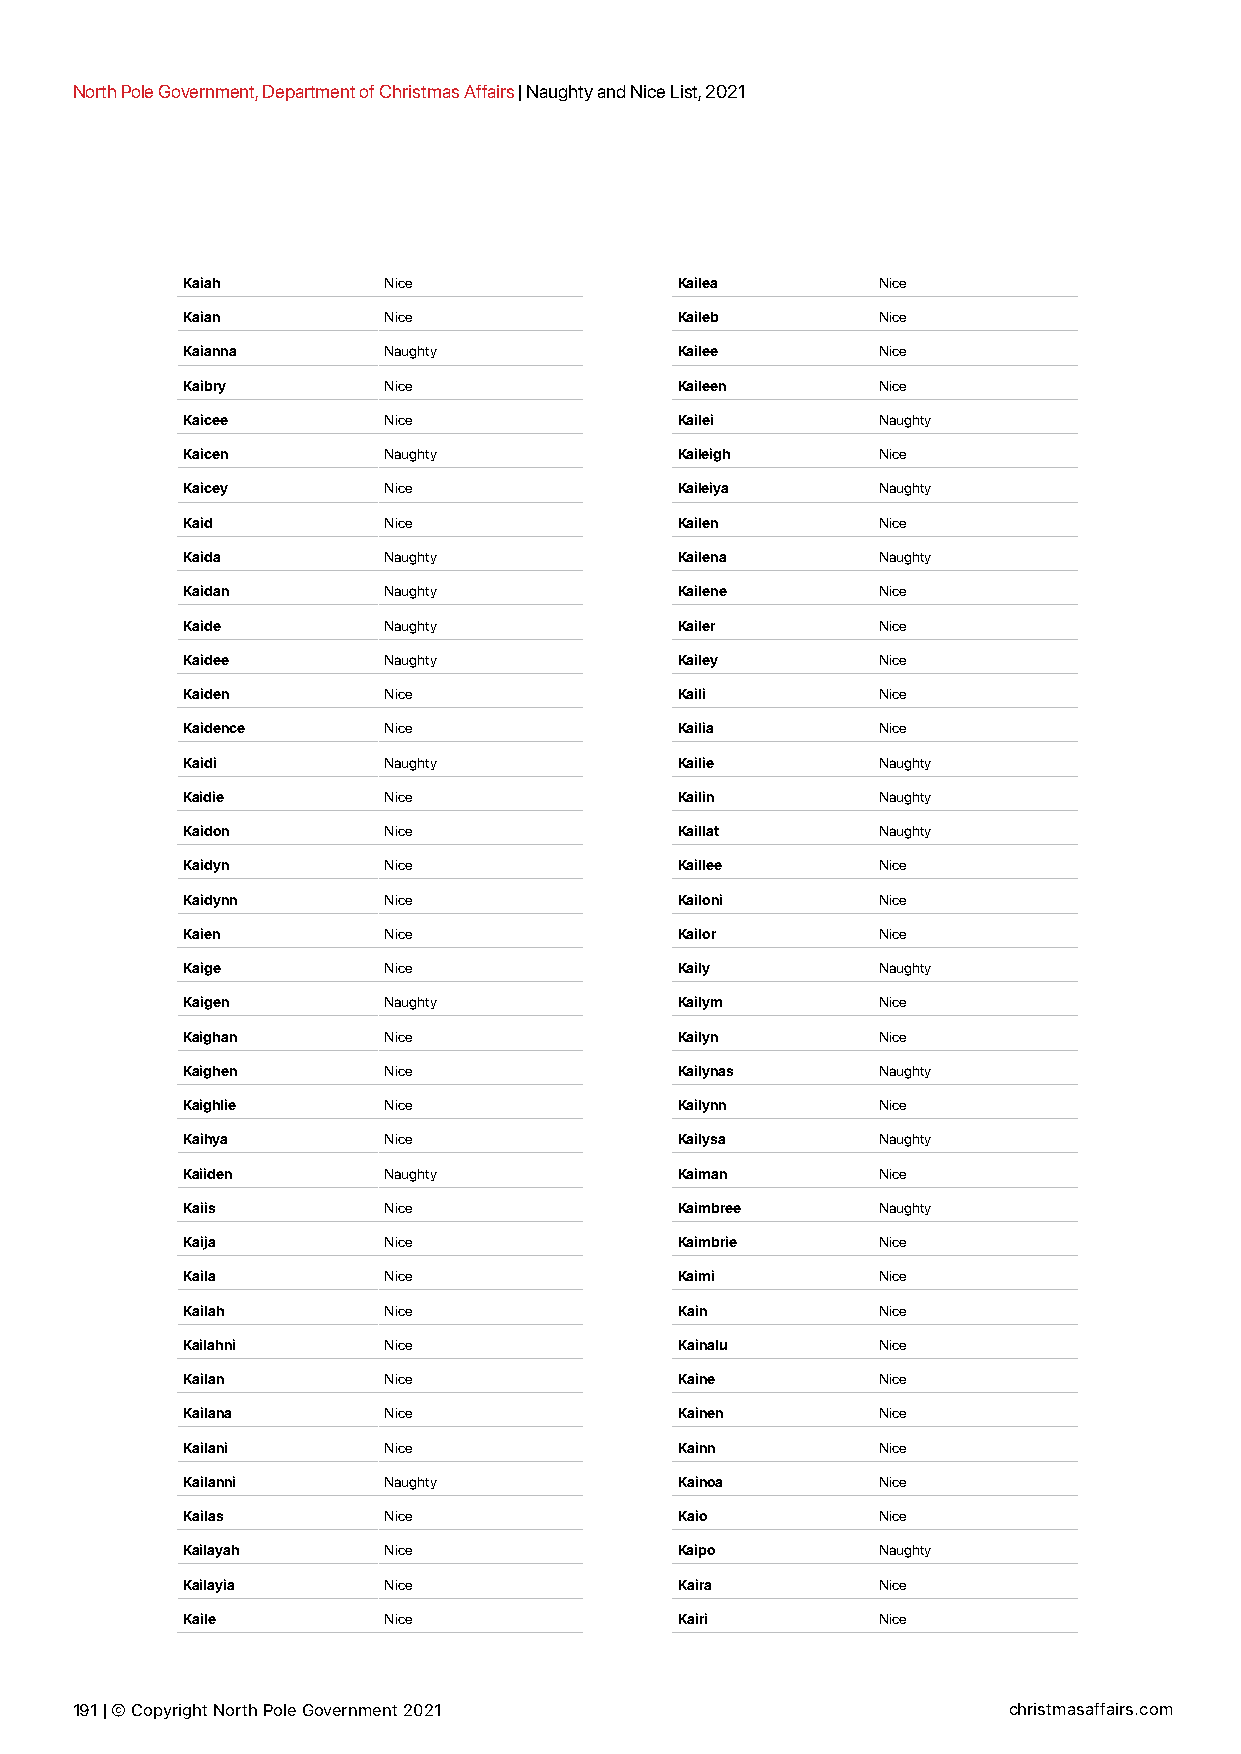
North Pole Government, Department of Christmas Affairs | Naughty and Nice List, 2021
 Kaiah        Nice                Kailea       Nice
 Kaian        Nice                Kaileb       Nice
 Kaianna      Naughty             Kailee       Nice
 Kaibry       Nice                Kaileen      Nice
 Kaicee       Nice                Kailei       Naughty
 Kaicen       Naughty             Kaileigh     Nice
 Kaicey       Nice                Kaileiya     Naughty
 Kaid         Nice                Kailen       Nice
 Kaida        Naughty             Kailena      Naughty
 Kaidan       Naughty             Kailene      Nice
 Kaide        Naughty             Kailer       Nice
 Kaidee       Naughty             Kailey       Nice
 Kaiden       Nice                Kaili        Nice
 Kaidence     Nice                Kailia       Nice
 Kaidi        Naughty             Kailie       Naughty
 Kaidie       Nice                Kailin       Naughty
 Kaidon       Nice                Kaillat      Naughty
 Kaidyn       Nice                Kaillee      Nice
 Kaidynn      Nice                Kailoni      Nice
 Kaien        Nice                Kailor       Nice
 Kaige        Nice                Kaily        Naughty
 Kaigen       Naughty             Kailym       Nice
 Kaighan      Nice                Kailyn       Nice
 Kaighen      Nice                Kailynas     Naughty
 Kaighlie     Nice                Kailynn      Nice
 Kaihya       Nice                Kailysa      Naughty
 Kaiiden      Naughty             Kaiman       Nice
 Kaiis        Nice                Kaimbree     Naughty
 Kaija        Nice                Kaimbrie     Nice
 Kaila        Nice                Kaimi        Nice
 Kailah       Nice                Kain         Nice
 Kailahni     Nice                Kainalu      Nice
 Kailan       Nice                Kaine        Nice
 Kailana      Nice                Kainen       Nice
 Kailani      Nice                Kainn        Nice
 Kailanni     Naughty             Kainoa       Nice
 Kailas       Nice                Kaio         Nice
 Kailayah     Nice                Kaipo        Naughty
 Kailayia     Nice                Kaira        Nice
 Kaile        Nice                Kairi        Nice
 191 | © Copyright North Pole Government 2021                  christmasaffairs.com